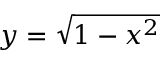
y = \sqrt { 1 - x ^ { 2 } }